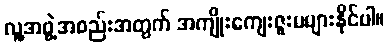
လူ့အဖွဲ့အစည်းအတွက် အကျိုးကျေးဇူးမများနိုင်ပါ။